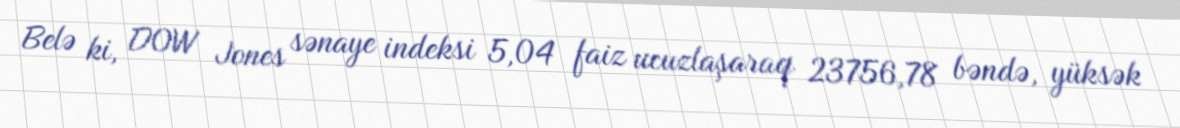
Belə ki, DOW Jones sənaye indeksi 5,04 faiz ucuzlaşaraq 23756,78 bəndə, yüksək